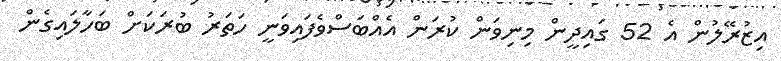
އިޒުރޭލުން އެ 52 ގައިދީން މިނިވަން ކުރަން އެއްބަސްވެފައިވަނީ ހަތަރު ބުރަކަށް ބަހާލައިގެން